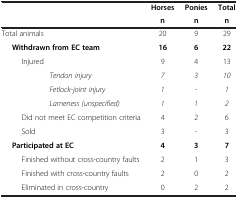
<table><thead><tr><td><b> </b></td><td><b>Horses</b></td><td><b>Ponies</b></td><td><b>Total</b></td></tr><tr><td><b> </b></td><td><b>n</b></td><td><b>n</b></td><td><b>n</b></td></tr></thead><tbody><tr><td>Total animals</td><td>20</td><td>9</td><td>29</td></tr><tr><td><b>Withdrawn from EC team</b></td><td><b>16</b></td><td><b>6</b></td><td><b>22</b></td></tr><tr><td>Injured</td><td>9</td><td>4</td><td>13</td></tr><tr><td><i>Tendon injury</i></td><td><i>7</i></td><td><i>3</i></td><td><i>10</i></td></tr><tr><td><i>Fetlock-joint injury</i></td><td><i>1</i></td><td><i>-</i></td><td><i>1</i></td></tr><tr><td><i>Lameness (unspecified)</i></td><td><i>1</i></td><td><i>1</i></td><td><i>2</i></td></tr><tr><td>Did not meet EC competition criteria</td><td>4</td><td>2</td><td>6</td></tr><tr><td>Sold</td><td>3</td><td>-</td><td>3</td></tr><tr><td><b>Participated at EC</b></td><td><b>4</b></td><td><b>3</b></td><td><b>7</b></td></tr><tr><td>Finished without cross-country faults</td><td>2</td><td>1</td><td>3</td></tr><tr><td>Finished with cross-country faults</td><td>2</td><td>0</td><td>2</td></tr><tr><td>Eliminated in cross-country</td><td>0</td><td>2</td><td>2</td></tr></tbody></table>